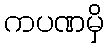
ကပဏမှိ